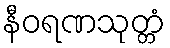
နီဝရဏသုတ္တံ